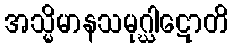
အသ္မိမာနသမုဂ္ဃါဋောတိ